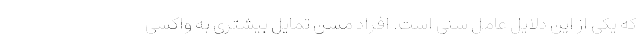
که یکی از این دلایل عامل سنی است. افراد مسن تمایل بیشتری به واکسی